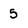
Character: 5